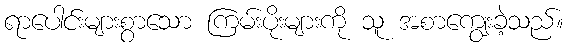
ရာပေါင်းများစွာသော ကြမ်းပိုးများကို သူ အစာကျွေးခဲ့သည်။